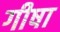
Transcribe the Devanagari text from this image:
गीषा